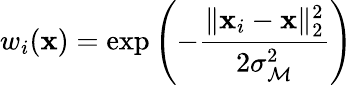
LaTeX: w_{i}(\mathbf{x})=\exp\left(-\frac{\| \mathbf{x}_{i}-\mathbf{x}\| _{2}^{2}}{2\sigma_{\mathcal{M}}^{2}}\right)